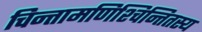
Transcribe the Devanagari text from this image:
चिन्तामणिश्चिन्तितस्य